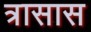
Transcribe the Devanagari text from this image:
त्रासास